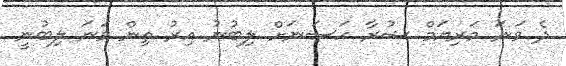
ދެ ވަނަ މަރިޔަމް ޝުރާ ހަސަނަށް ލިބުނު އިރު ތިން ވަނަ ލިބުނީ